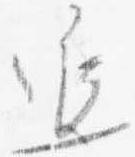
延